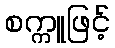
စက္ကူဖြင့်